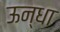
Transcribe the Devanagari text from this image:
ऊन्धा